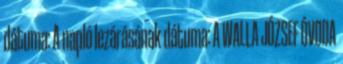
dátuma: A napló lezárásának dátuma: A WALLA JÓZSEF ÓVODA